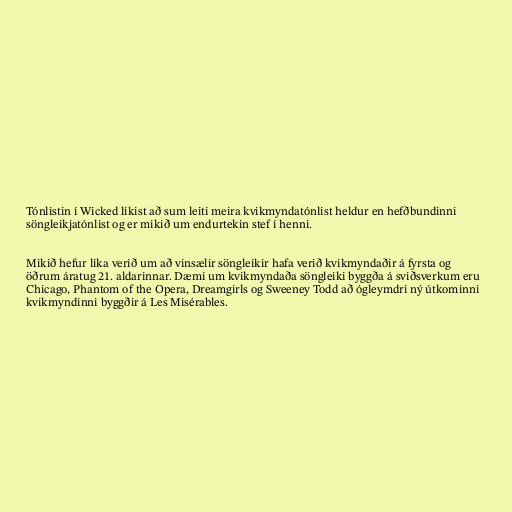
Tónlistin í Wicked líkist að sum leiti meira kvikmyndatónlist heldur en hefðbundinni
söngleikjatónlist og er mikið um endurtekin stef í henni.

Mikið hefur líka verið um að vinsælir söngleikir hafa verið kvikmyndaðir á fyrsta og
öðrum áratug 21. aldarinnar. Dæmi um kvikmyndaða söngleiki byggða á sviðsverkum eru
Chicago, Phantom of the Opera, Dreamgirls og Sweeney Todd að ógleymdri ný útkominni
kvikmyndinni byggðir á Les Misérables.